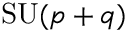
\mathrm { S U } ( p + q )